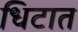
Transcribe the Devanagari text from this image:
धिटात